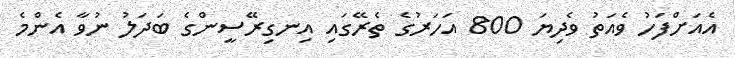
އެއަށްފަހު ވެއަތު ވެދިޔަ 800 އަހަރުގެ ތެރޭގައި އިނގިރޭސީންގެ ބަދަލު ނުވާ އެންމެ